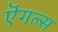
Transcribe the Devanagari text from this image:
ऎंगल्स